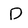
Character: d